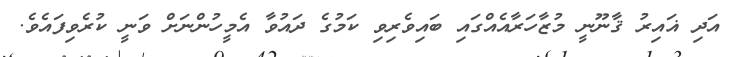
އަދި ޣައިރު ޤާނޫނީ މުޒާހަރާއެއްގައި ބައިވެރިވި ކަމުގެ ދައުވާ އެމީހުންނަށް ވަނީ ކުރެވިފައެވެ.